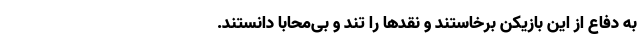
به دفاع از این بازیکن برخاستند و نقدها را تند و بی‌محابا دانستند.